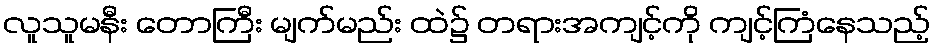
လူသူမနီး တောကြီး မျက်မည်း ထဲ၌ တရားအကျင့်ကို ကျင့်ကြံနေသည့်